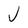
Character: J